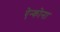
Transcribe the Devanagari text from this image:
ऐन्कोना